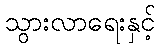
သွားလာရေးနှင့်